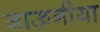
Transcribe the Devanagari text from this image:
जाऊनीया